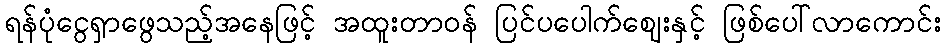
ရန်ပုံငွေရှာဖွေသည့်အနေဖြင့် အထူးတာဝန် ပြင်ပပေါက်ဈေးနှင့် ဖြစ်ပေါ်လာကောင်း